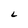
Character: L